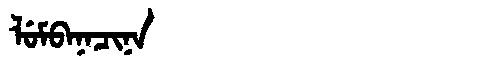
Manchu: ᠯᡠᠮᠪᠠᠨᠠᠴᡳᠨᠠ
Romanization: LUMBANACINA